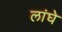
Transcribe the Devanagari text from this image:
लांघे